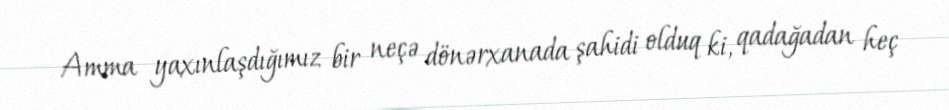
Amma yaxınlaşdığımız bir neçə dönərxanada şahidi olduq ki, qadağadan heç